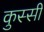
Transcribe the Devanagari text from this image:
कुस्सी